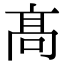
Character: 髙